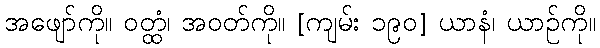
အဖျော်ကို။ ဝတ္ထံ၊ အဝတ်ကို။ [ကျမ်း ၁၉၀] ယာနံ၊ ယာဉ်ကို။